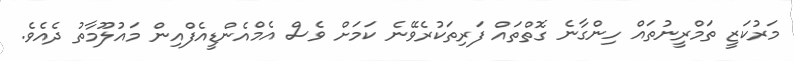
މަރުކަޒީ ތަމްރީނުތައް ހިންގާނެ ގޮތްތައް ފަރިތަކުރެވޭނެ ކަމަށް ވެސް އެމްއެންޑީއެފްއިން މައުލޫމާތު ދެއެވެ.